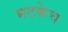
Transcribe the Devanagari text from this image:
भटकेच